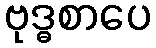
ဗုဒ္ဓစာပေ